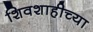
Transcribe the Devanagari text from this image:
शिवशाहीच्या